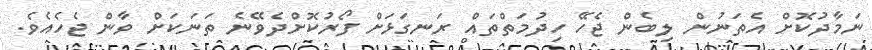
ނަމާދުކޮށް އެތަނުން ލިބެން ޖެހޭ ހިދުމަތްތައް ރަނގަޅަށް ފޯރުކޮށްދެވޭނެ ތަނަކަށް ވާން ޖެހެއެވެ.